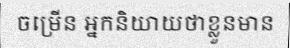
ចម្រើន អ្នកនិយាយថាខ្លួនមាន